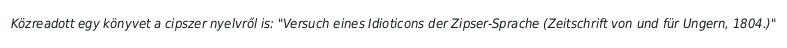
Közreadott egy könyvet a cipszer nyelvről is: "Versuch eines Idioticons der Zipser-Sprache (Zeitschrift von und für Ungern, 1804.)"